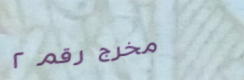
مخرج رقم ٢